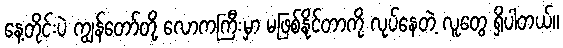
နေ့တိုင်းပဲ ကျွန်တော်တို့ လောကကြီးမှာ မဖြစ်နိုင်တာကို လုပ်နေတဲ့ လူတွေ ရှိပါတယ်။